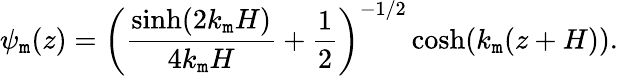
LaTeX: \psi_{\mathtt{m}}(z)=\left(\frac{{\sinh(2k_{\mathtt{m}}H)}}{{4k_{\mathtt{m}}H}}+\frac{{1}}{{2}}\right)^{-1/2}\cosh(k_{\mathtt{m}}(z+H)).